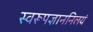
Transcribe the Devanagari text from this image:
स्वरूपज्ञाननिलयं